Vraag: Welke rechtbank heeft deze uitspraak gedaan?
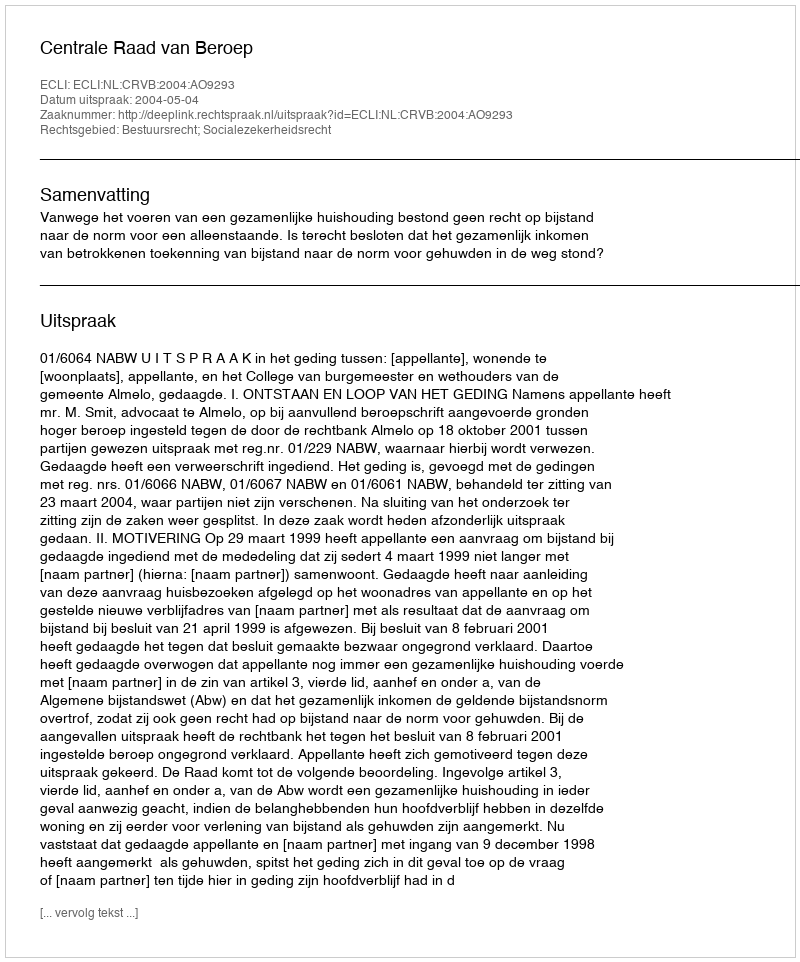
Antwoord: Centrale Raad van Beroep